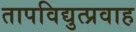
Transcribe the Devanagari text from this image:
तापविद्युत्प्रवाह